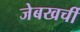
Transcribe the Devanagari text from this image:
जेबखर्ची